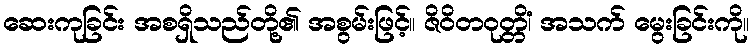
ဆေးကုခြင်း အစရှိသည်တို့၏ အစွမ်းဖြင့်။ ဇိဝိတဝုတ္တိံ၊ အသက် မွေးခြင်းကို။